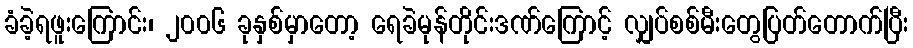
ခံခဲ့ရဖူးကြောင်း၊ ၂၀၀၆ ခုနှစ်မှာတော့ ရေခဲမုန်တိုင်းဒဏ်ကြောင့် လျှပ်စစ်မီးတွေပြတ်တောက်ပြီး